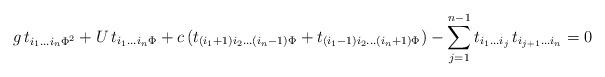
LaTeX: \begin{align*}g \, t_{i_1 \ldots i_n \Phi^2}+U \, t_{i_1 \ldots i_n \Phi} +c\, (t_{(i_1+1) i_2 \ldots (i_n-1) \Phi} + t_{(i_1-1) i_2 \ldots (i_n+1) \Phi})- \sum_{j=1}^{n-1} t_{i_1 \ldots i_j} \, t_{i_{j+1} \ldots i_n} =0\end{align*}